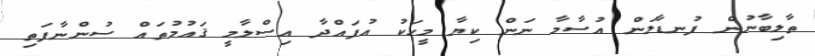
ތާލިބާނުން ފުނޑާލަން އުސާމާ ނަން ކިޔާ މީހަކު އުފައްދާ އިސްލާމީ ޤައުމުތައް ސުންނާފަތި